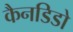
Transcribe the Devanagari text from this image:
कैनडिडो